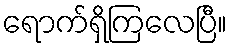
ရောက်ရှိကြလေပြီ။